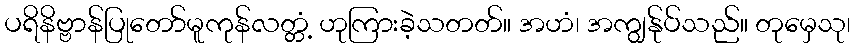
ပရိနိဗ္ဗာန်ပြုတော်မူကုန်လတ္တံ့ ဟုကြားခဲ့သတတ်။ အဟံ၊ အကျွန်ုပ်သည်။ တုမှေသု၊